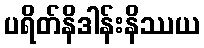
ပရိတ်နိဒါန်းနိဿယ